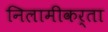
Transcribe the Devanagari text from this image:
निलामीकर्ता